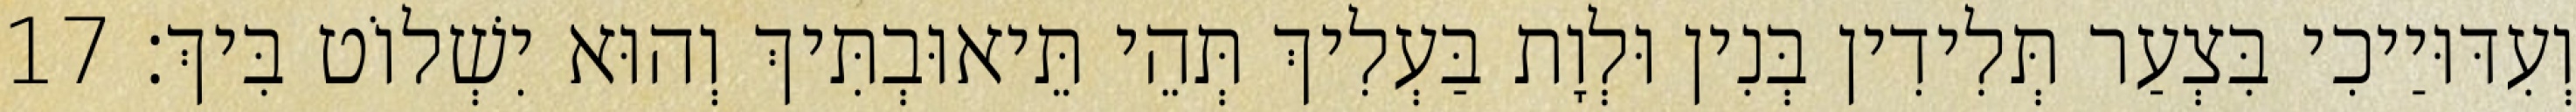
וְעִדּוּיַיכִי בִּצְעַר תְּלִידִין בְּנִין וּלְוָת בַּעְלִיךְ תְּהֵי תֵּיאוּבְתִּיךְ וְהוּא יִשְׁלוֹט בִּיךְ׃ 17